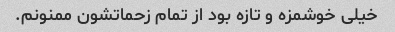
خیلی خوشمزه و تازه بود از تمام زحماتشون ممنونم.